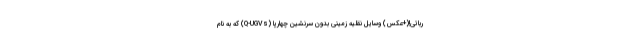
رباتی!(+عکس) وسایل نقلیه زمینی بدون سرنشین چهارپا (Q-UGVs) که به نام